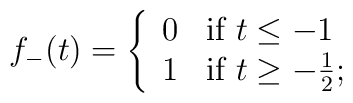
f_-(t)=\left\{\begin{array}{ll}0 & \mbox{if $t\leq -1$}\\1 & \mbox{if $t\geq -{1\over2};$}\end{array}\right.